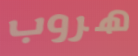
هروب